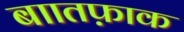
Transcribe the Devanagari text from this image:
बाातफ़ाक